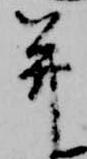
并